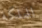
للملكة